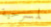
لمسرحية